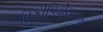
વિકીપિડીયનના